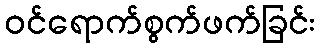
ဝင်ရောက်စွက်ဖက်ခြင်း